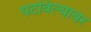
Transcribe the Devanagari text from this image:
पटविल्यावर